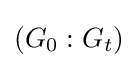
(G_{0}:G_{t})